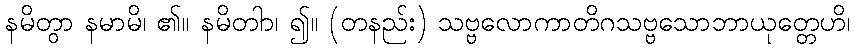
နမိတွာ နမာမိ၊ ၏။ နမိတါာ၊ ၍။ (တနည်း) သဗ္ဗလောကာတိဂသဗ္ဗသောဘာယုတ္တေဟိ၊